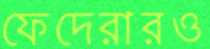
ফেদেরারও